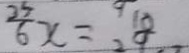
\frac { 2 5 } { 6 } x = \frac { 1 0 } { 9 }